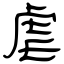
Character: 虐